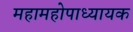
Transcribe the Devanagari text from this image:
महामहोपाध्यायक